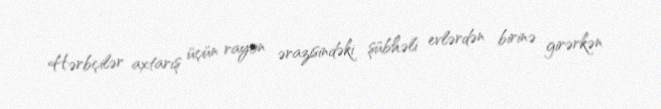
Hərbçilər axtarış üçün rayon ərazisindəki şübhəli evlərdən birinə girərkən